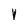
Character: X